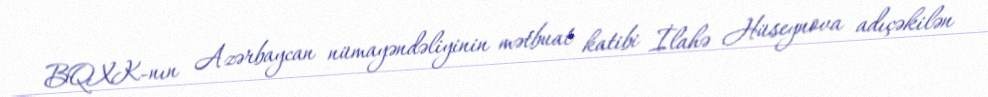
BQXK-nın Azərbaycan nümayəndəliyinin mətbuat katibi İlahə Hüseynova adıçəkilən